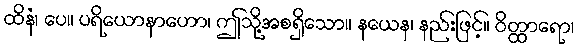
ထိနံ၊ ပေ။ ပရိယောနာဟော၊ ဤသို့အစရှိသော။ နယေန၊ နည်းဖြင့်။ ဝိတ္ထာရော၊